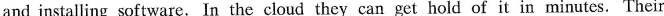
and installing software.In the cloud they can get hold of it in minutes.Their